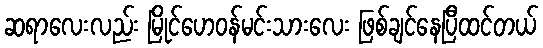
ဆရာလေးလည်း မြိုင်ဟေဝန်မင်းသားလေး ဖြစ်ချင်နေပြီထင်တယ်